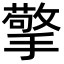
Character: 擎